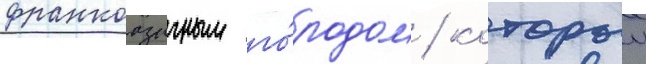
франкоазычным го́родом / которыи